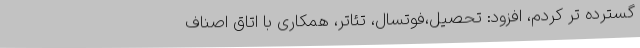
گسترده تر کردم، افزود: تحصیل،فوتسال، تئاتر، همکاری با اتاق اصناف